V__Kingissepa_nim__kolhoos, lk 75
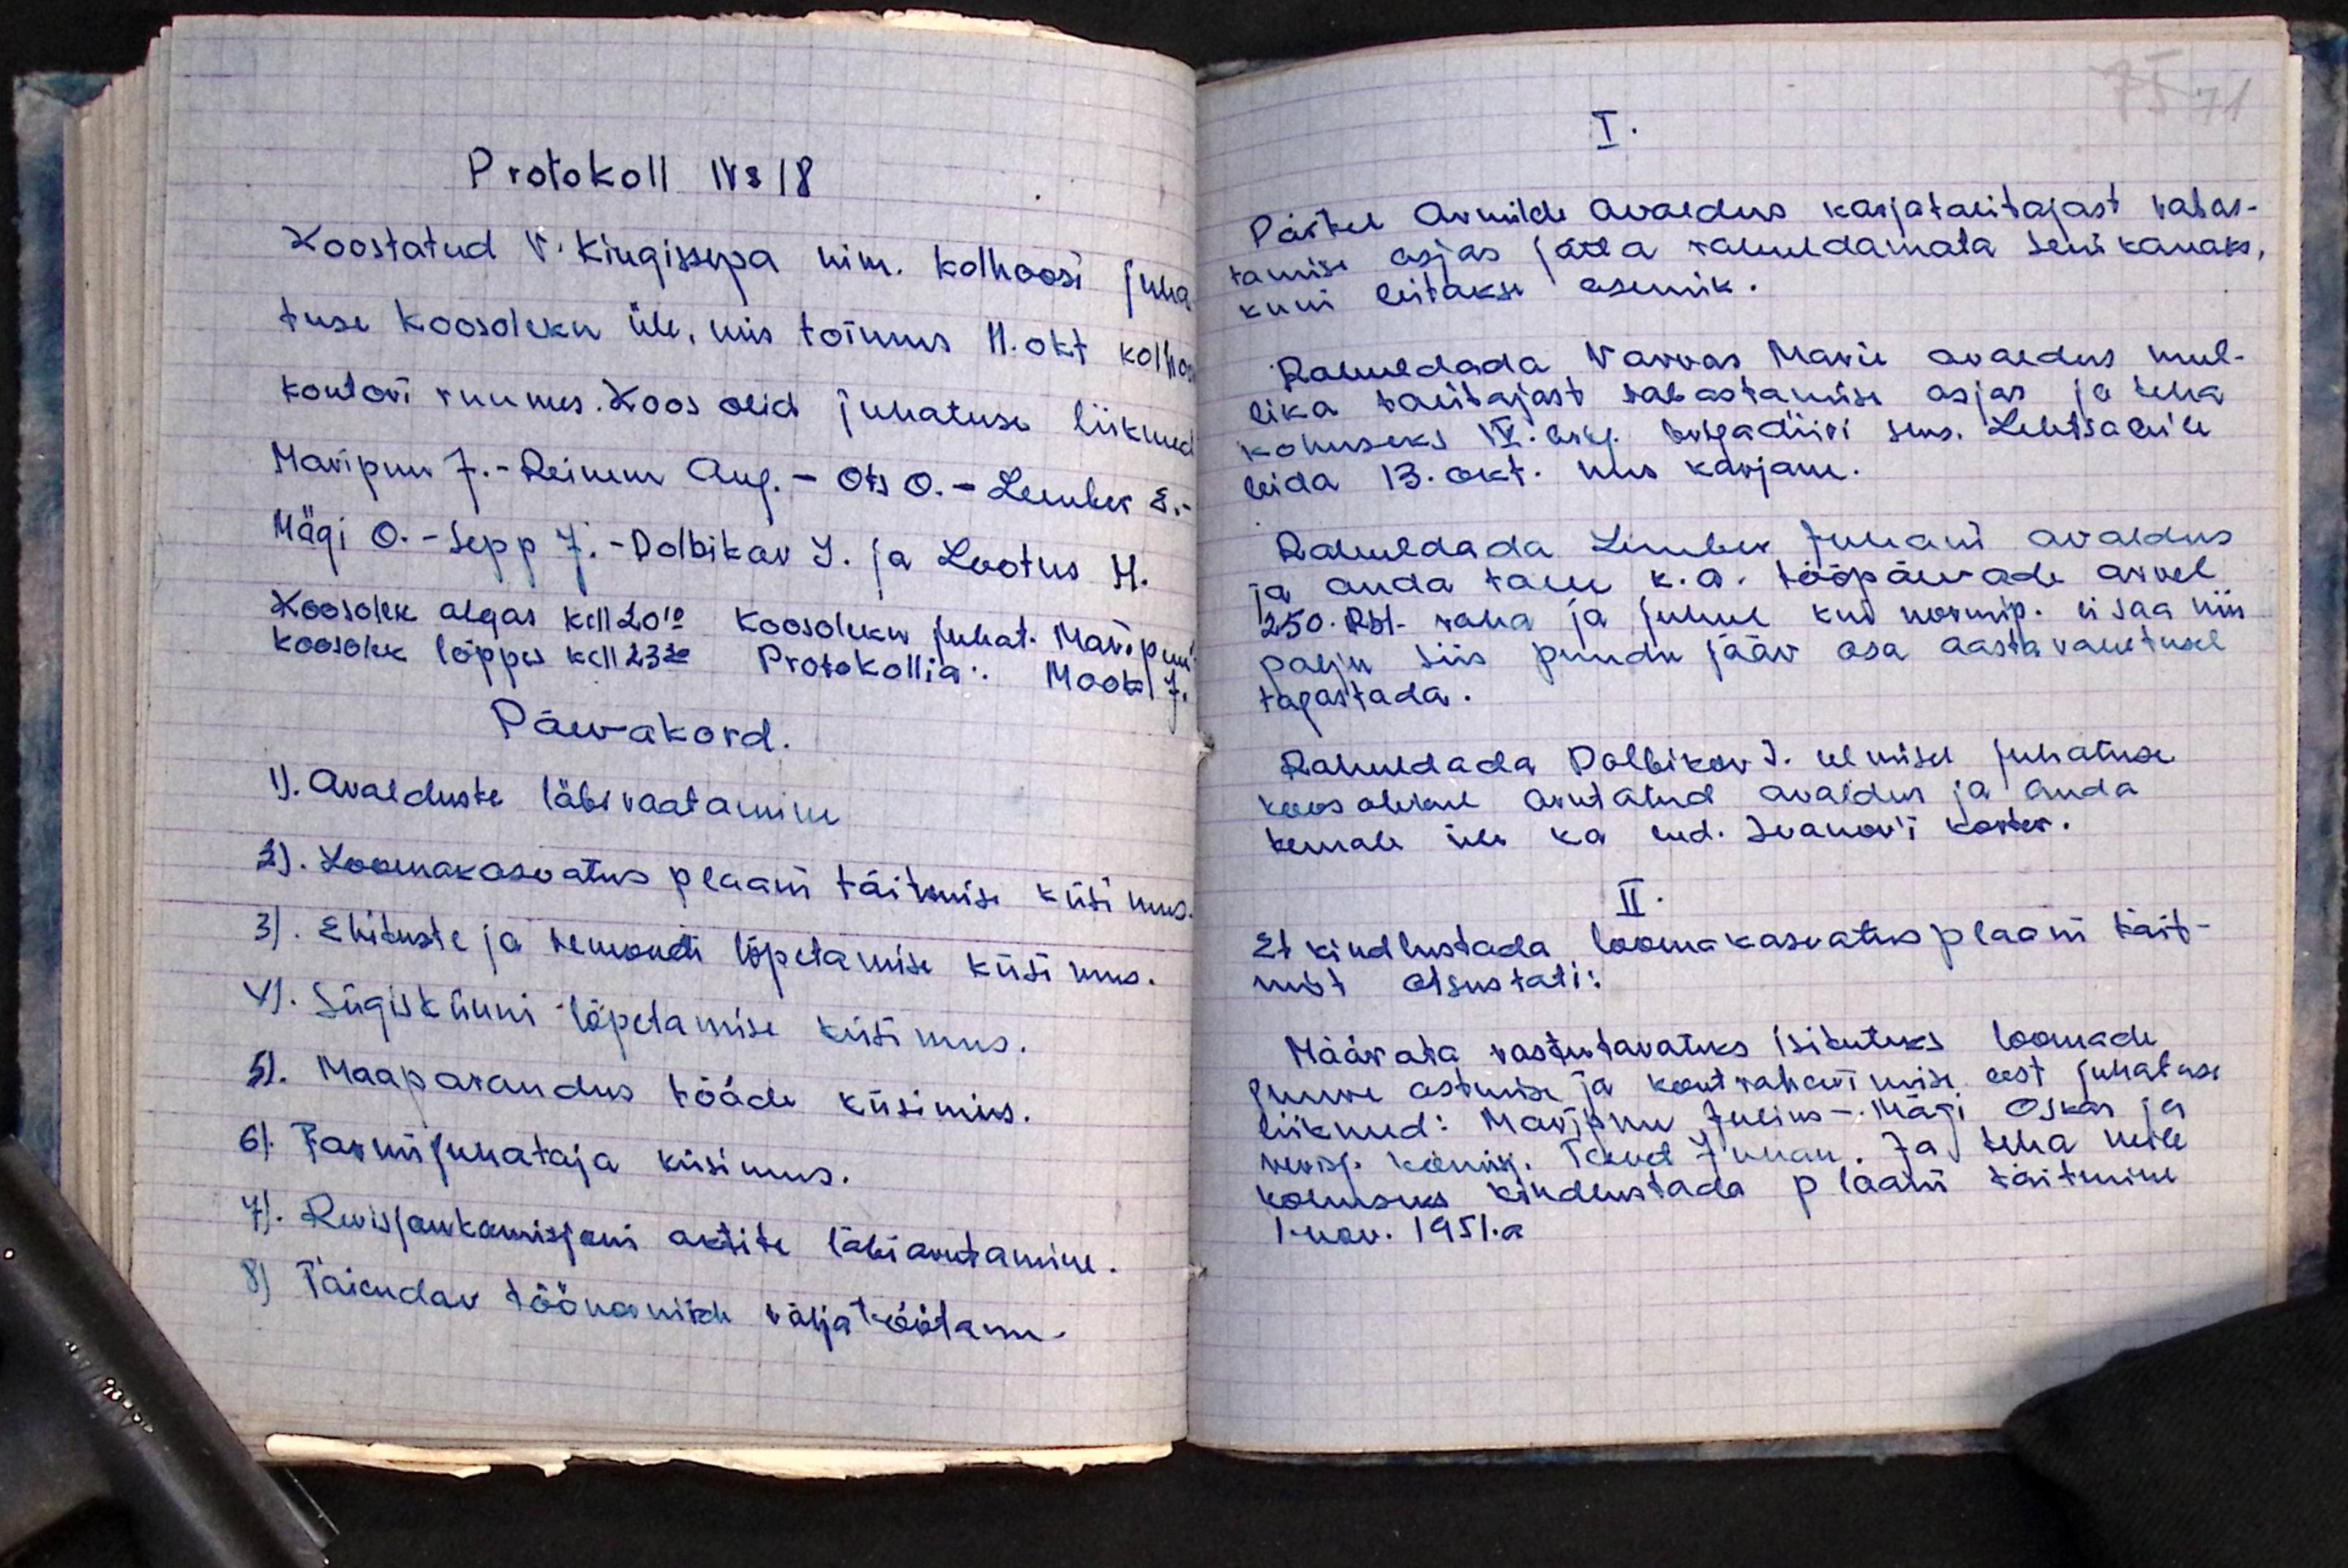
Protokoll No 18
Koostatud V. Kingissepa nim. kolhoosi juha
tuse koosoleku üle, mis toimus 11.okt kolhoosi
kontori ruumes. Koos olid juhatuse liikmed
Maripuu J.-Reinem Aug. - Ots O.- Lember E.-
Mägi O.-Sepp J.-Polbikov J. ja Lootus H.
Koosolek algas kell 2010 Koosoleku juhat. Maripuu
koosolek lõppu kell 2330 Protokollia: Mook J.
Päevakord
1). Avalduste läbivaatamine
2). Loomakasvatus plaani täitmise küsimus.
3). Ehituste ja remondi lõpetamise küsimus.
4). Sügiskünni lõpetamise küsimus.
5). Maaparandus tööde küsimus.
6). Farmijuhataja küsimus.
7). Revisjonkomisjoni aktide läbiarutamine.
8) Täiendav töönormide väljatöötamine.

I.
Pärtel Armilde avaldus karjatalitajast vabas-
tamise asjas jätta rahuldamata senikauaks,
kui leitakse asemik.
Rahuldada Varvas Marie avaldus mul-
lika talitajast vabastamise asjas ja teha
kohuseks IV brig. brigadiiri sms. Lehtsalule
leida 13.okt. üks karjane.
Rahuldada Lember Juhani avaldus
ja anda talle k.a. tööpäevade arvel
250. Rbl. raha ja juhul kui normip. ei saa nii
palju siis puudu jääv osa aastavahetusel
tagastada.
Rahuldada Polbikov J. eelmisel juhatuse
koosolekul arutatud avaldus ja anda
temale üle ka end. Ivanov'i korter.
II.
Et kindlustada loomakasvatus plaani täit-
mist otsustati:
Määrata vastutavateks isikuteks loomade
juure astumise ja kontvahastmisi eest juhatuse
liikmed: Maripuu Julius - Mägi Oskar ja
revisj. komisj. Tavet Juhan. Ja teha neile
kohuseks kindlustada plaani täitmine
1nov. 1951. a